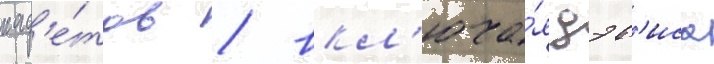
кад'е́тов / вкл'юча́я дэв'иса